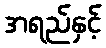
အရည်နှင့်